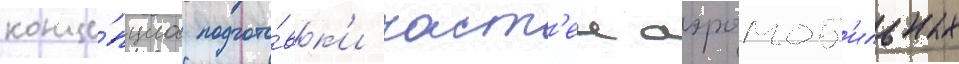
конце́пциа подгото́вк'и част'еи аэромоб'ильных